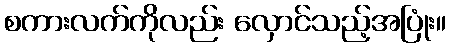
စကားလက်ကိုလည်း လှောင်သည့်အပြုံး။